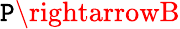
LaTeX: \mathtt{P}\rightarrowB